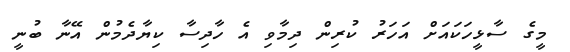
މީގެ ސާޅީހަކައަށް އަހަރު ކުރިން ދިމާވި އެ ހާދިސާ ކިޔާދެމުން އޭނާ ބުނީ